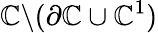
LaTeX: \mathbb{C}\backslash(\partial\mathbb{C}\cup\mathcal{{\mathbb{C}}}^{1})